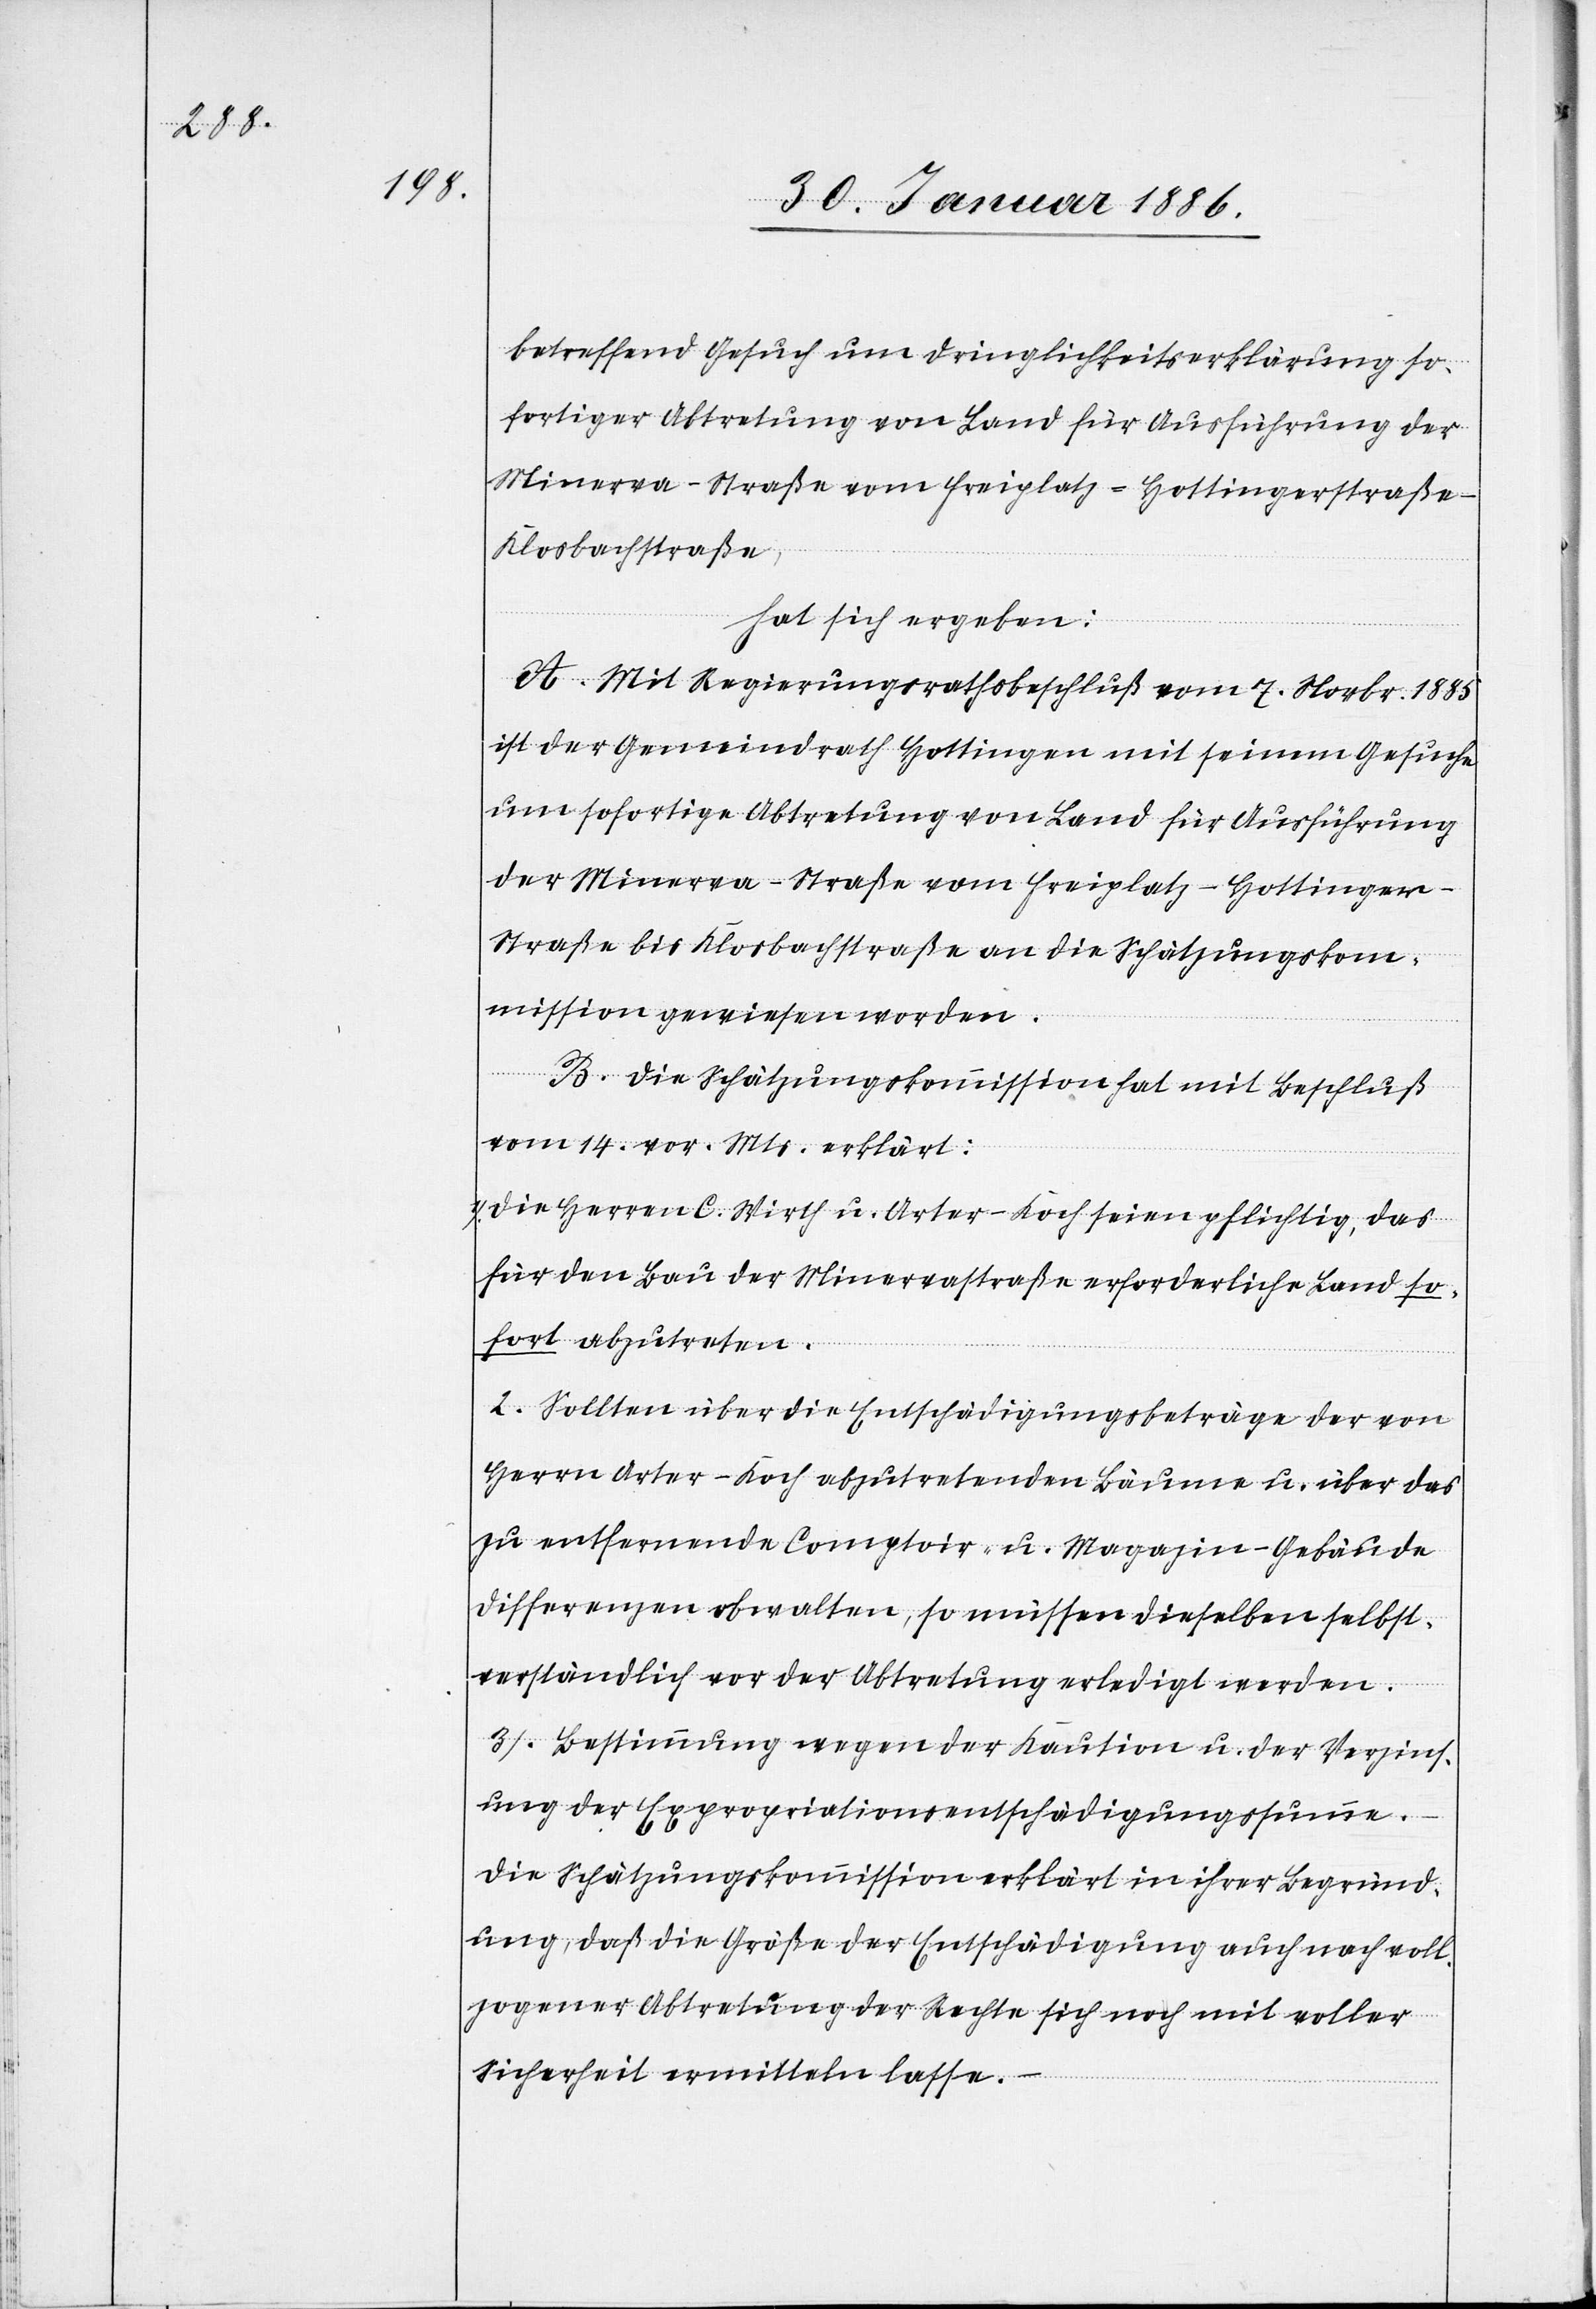
betreffend Gesuch um Dringlichkeitserklärung so¬
fortiger Abtretung von Land für Ausführung der
Minerva-Straße vom Freiplatz–Hottingerstraße–K¬
losbachstraße,
hat sich ergeben:
A. Mit Regierungsrathsbeschluß vom 7. Novbr. 1885
ist der Gemeindrath Hottingen mit seinem Gesuche
um sofortige Abtretung von Land für Ausführung
der Minerva-Straße vom Freiplatz–Hottinge¬
r-Straße bis Klosbachstraße an die Schätzungskom¬
mission gewiesen worden.
B. Die Schätzungskommission hat mit Beschluß
vom 14. vor. Mts. erklärt:
1). Die Herren C. Wirth u. Arter-Koch seien pflichtig, das
für den Bau der Minervastraße erforderliche Land so¬
fort abzutreten.
2). Sollten über die Entscheidungsbeträge der von
Herrn Arter-Koch abzutretenden Bäume u. über das
zu entfernende Comptoir- u. Magazine-Gebäude
Differenzen obwalten, so müssen dieselben selbst¬
verständlich vor der Abtretung erledigt werden.
3). Bestimmung wegen der Kaution u. der Verzins¬
ung der Expropriationsentschädigungssumme.
Die Schätzungskommission erklärt in ihrer Begründ¬
ung, daß die Größe der Entschädigung auch nach voll¬
zogener Abtretung der Rechte sich noch mit voller
Sicherheit vermitteln lasse.